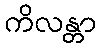
ကိလန္တာ